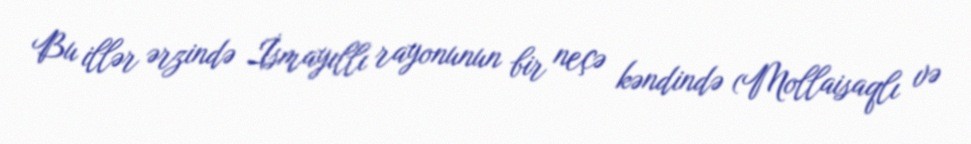
Bu illər ərzində İsmayıllı rayonunun bir neçə kəndində (Mollaisaqlı və